Vaccination United Provinces of Agra and Oudh 1914-1922 - 1914-1922
Year: 1914
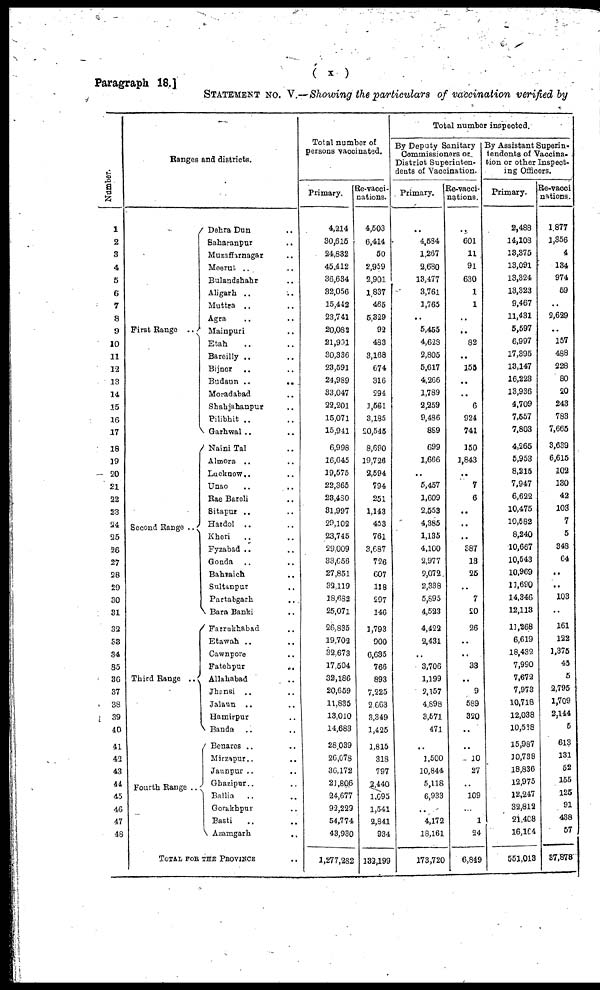
Paragraph 18.]
( x )
STATEMENT No. V — Showing the particulars of vaccination verified by
Number.
1
2
3
4
5
6
7
8
9
10
11
12
13
14
15
16
17
18
19
20
21
22
23
24
25
26
27
28
29
30
31
32
33
34
35
36
37
38
39
40
41
42
43
44
45
46
47
48
Ranges and districts.
First Range ..
Second Range ..
Third Range ..
Fourth Range ..
Dehra Dun ..
Baharanpur ..
Muzaffrnagar ..
Meerut .. ..
Bulandshahr ..
Aligarh .. ..
Muttra .. ..
Agra .. ..
Mainpuri ..
Etah .. ..
Bareilly .. ..
Bijnor .. ..
Budaun ..
..
Moradabad ..
Shahjahanpur ..
Pilibhit .. ..
Garhwal .. ..
Naini Tal ..
Almora .. ..
Lucknow.. ..
Unao .. ..
Rae Bareli ..
Sitapur .. ..
Hardol .. ..
Kheri .. ..
Fyzabad .. ..
Gonda .. ..
Bahraich ..
Sultanpur ..
Partabgarh ..
Bara Banki ..
Farrukhabad ..
Etawah .. ..
Cawnpore ..
Fatehpur ..
Allahabad ..
Jhansi .. ..
Jalaun .. ..
Hamirpur ..
Banda .. ..
Benares .. ..
Mirzapur.. ..
Jaunpur .. ..
Ghazipur.. ..
Ballia
.. ..
Gorakhpur ..
Basti .. ..
Azamgarh ..
TOTAL FOR THE PROVINCE ..
Total number of
persons vaccinated.
Primary.
4,214
30,615
24,832
45,412
36,634
32,056
15,442
23,741
20,082
21,991
30,336
23,591
24,989
33,047
22,201
15,071
15,941
6,998
16,645
19,575
22,365
23,480
81,997
29,102
23,745
29,009
33,656
27,851
32,119
18,682
25,071
26,835
19,702
32,673
17,504
32,186
20,659
11,835
13,010
14,683
28,039
26,678
36,172
21,806
24,677
92,229
54,774
43,930
1,277,282
Re-vacci¬
nations.
4,503
6,414
50
2,959
2,901
1,837
465
5,329
92
483
3,168
674
316
594
1,561
3,185
20,545
8,690
19,726
2,594
794
251
1,143
433
761
3,687
726
607
118
297
146
1,793
900
6,635
766
893
7,225
2 663
3,349
1,425
1,815
318
797
2,440
1,695
1,541
2,841
934
132,199
Total number inspected.
By Deputy Sanitary
Commissioners or
District Superinten-
dents of Vaccination.
Primary.
..
4,584
1,267
2,680
13,477
3,761
1,765
..
5,465
4,628
2,805
5,617
4,266
1,789
2,259
9,486
889
699
1,666
..
5,457
1,609
2,553
4,385
1,135
4,100
2,977
2,072
2,338
5,895
4,523
4,422
2,431
..
3,706
1,199
2,157
4,898
3,571
471
..
1,500
10,844
5,118
6,933
..
4,172
18,161
173,720
Re-vacci¬
nations.
..
601
11
91
630
1
1
..
..
82
..
155
..
..
6
924
741
150
1,843
..
7
6
..
..
..
387
13
25
..
7
20
26
..
..
33
..
9
589
320
..
..
10
27
..
109
..
1
24
6,849
By Assistant Superin-
tendents of Vaccina-
tion or other Inspect¬
ing Officers.
Primary.
2,488
14,108
13,375
13,091
13,324
13,323
9,467
11,431
5,597
6,997
17,395
13,147
16,223
13,936
4,709
7,557
7,803
4,265
5,953
8,215
7,947
6,622
10,475
10,582
8,240
10,667
10,543
10,969
11,690
14,346
12,113
11,268
6,619
18,432
7,990
7,672
7,973
10,718
12,038
10,538
15,987
10,738
18,836
12,975
12,247
32,812
21,408
16,164
551,013
Re-vacci¬
nations.
1,877
1,356
4
134
974
59
..
2,629
..
157
488
228
80
20
243
783
7,665
3,639
6,615
102
130
42
103
7
5
348
64
..
..
103
..
161
122
1,375
45
5
2,795
1,709
2,144
5
613
131
52
155
125
91
438
57
37,878